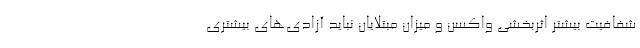
شفافیت بیشتر اثربخشی واکسن و میزان مبتلایان نباید آزادی‌های بیشتری